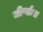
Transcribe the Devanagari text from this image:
जीर्णाः॥